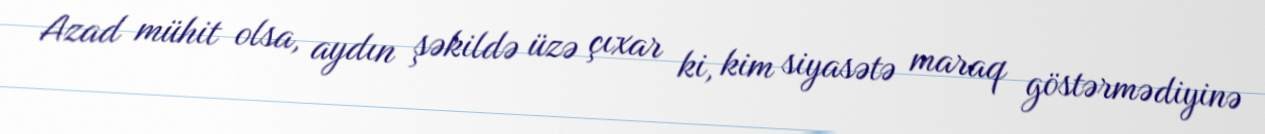
Azad mühit olsa, aydın şəkildə üzə çıxar ki, kim siyasətə maraq göstərmədiyinə